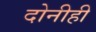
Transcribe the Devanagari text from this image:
दोनीही